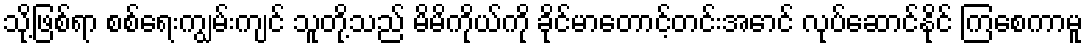
သို့ဖြစ်ရာ စစ်ရေးကျွမ်းကျင် သူတို့သည် မိမိကိုယ်ကို ခိုင်မာတောင့်တင်းအောင် လုပ်ဆောင်နိုင် ကြစေကာမူ